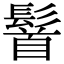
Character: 䭮